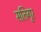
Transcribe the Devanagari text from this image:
सतिगुर